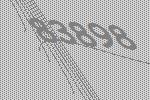
83898